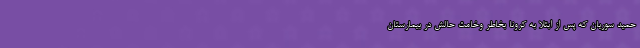
حمید سوریان که پس از ابتلا به کرونا بخاطر وخامت حالش در بیمارستان